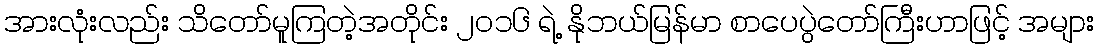
အားလုံးလည်း သိတော်မူကြတဲ့အတိုင်း ၂ဝ၁၆ ရဲ့ နိုဘယ်မြန်မာ စာပေပွဲတော်ကြီးဟာဖြင့် အများ